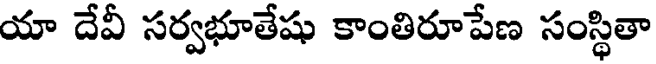
యా దేవీ సర్వభూతేషు కాంతిరూపేణ సంస్థితా